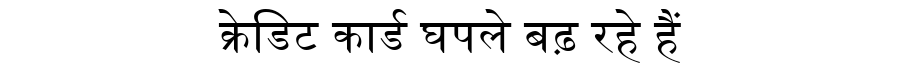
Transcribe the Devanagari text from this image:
क्रेडिट कार्ड घपले बढ़ रहे हैं